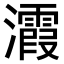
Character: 𪸀